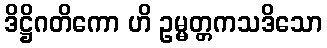
ဒိဋ္ဌိဂတိကော ဟိ ဥမ္မတ္တကသဒိသော